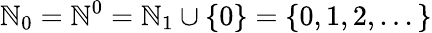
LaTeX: \mathbb{N}_{0}=\mathbb{N}^{0}=\mathbb{N}_{1}\cup\{ 0\} =\{ 0,1,2,...\}